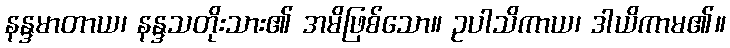
နန္ဒမာတာယ၊ နန္ဒသတိုးသား၏ အမိဖြစ်သော။ ဥပါသိကာယ၊ ဒါယိကာမ၏။